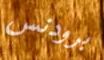
برودنس